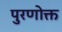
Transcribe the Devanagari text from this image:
पुरणोक्त